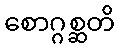
စောဂ္ဂစ္ဆတိ